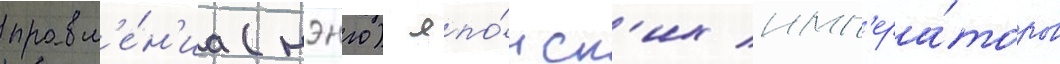
правл'е́н'иа (нэнго) япо́нск'их имп'ера́торов